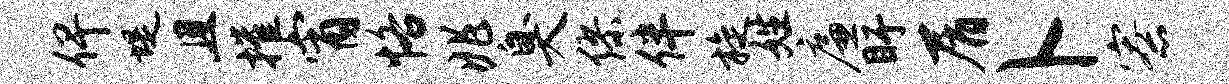
俾堤且摧宵恪兆臭缪伴旋姓廉盱屑卜寮